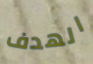
الهدف